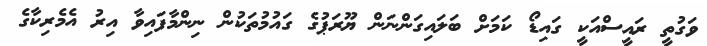
ވަގުތީ ރައީސްއަކީ ގައިޑޯ ކަމަށް ބަލައިގަންނަން ޔޫރަޕުގެ ގައުމުތަކުން ނިންމާފައިވާ އިރު އެމެރިކާގެ